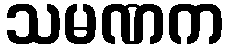
သမဏက